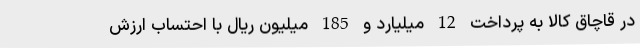
در قاچاق کالا به پرداخت 12 میلیارد و 185 میلیون ریال با احتساب ارزش